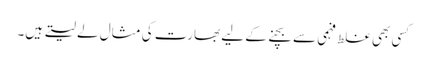
کسی بھی غلط فہمی سے بچنے کے لیے بھارت کی مثال لے لیتے ہیں۔